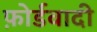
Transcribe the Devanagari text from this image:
फ़ोर्डवादी